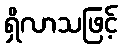
ရှိလာသဖြင့်